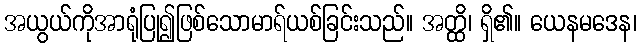
အယွယ်ကိုအာရုံပြု၍ဖြစ်သောမာရ်ယစ်ခြင်းသည်။ အတ္ထိ၊ ရှိ၏။ ယေနမဒေန၊